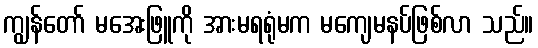
ကျွန်တော် မအေးဖြူကို အားမရရုံမက မကျေမနပ်ဖြစ်လာ သည်။